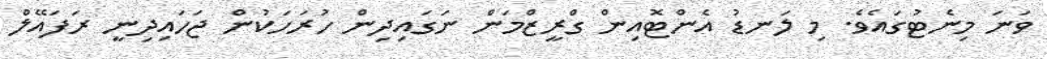
ވަނަ މިނެޓުގައެވެ. މި ލަނޑު އެންޓޮއިން ގްރީޒްމަން ނަގައިދިން ހުރަހަކުން ޖަހައިދިނީ ރަފައޭލް